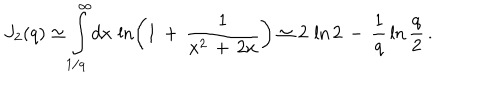
J _ { 2 } ( q ) \simeq \int _ { 1 / q } ^ { \infty } \! d x \, \ln \left( 1 \, + \, \frac { 1 } { x ^ { 2 } \, + \, 2 x } \right) \simeq 2 \, \ln 2 \, - \, \frac { 1 } { q } \, \ln \frac { q } { 2 } \, { . }